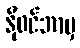
နိုဝင်ဘာမှ